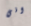
انى